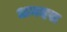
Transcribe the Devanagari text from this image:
अनदस